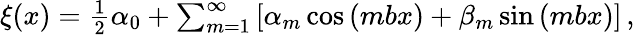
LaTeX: \begin{array}{r}{\xi(x)=\frac 12\alpha_{0}+\sum_{m=1}^{\infty}\left[\alpha_{m}\cos{(mbx)}+\beta_{m}\sin{(mbx)}\right]\, ,}\end{array}